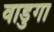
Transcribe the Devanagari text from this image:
वाडुगा